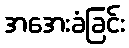
အအေးခံခြင်း